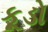
કૂડો